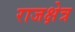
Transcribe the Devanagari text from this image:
राजक्षेत्र